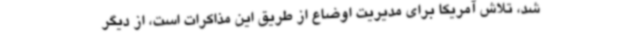
شد، تلاش آمریکا برای مدیریت اوضاع از طریق این مذاکرات است، از دیگر